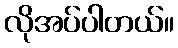
လိုအပ်ပါတယ်။